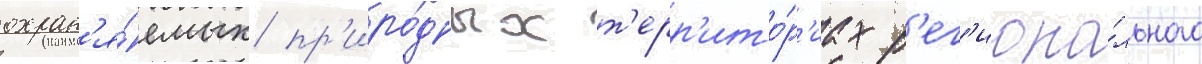
охран'я́емых пр'иро́дных т'ерр'ито́р'иах р'ег'иона́льного